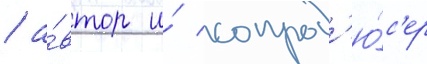
/ а́втор и́ сопрод'ю́с'ер